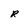
Character: R